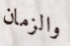
والزمان